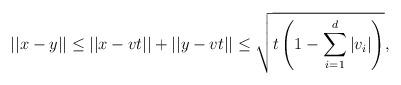
LaTeX: \begin{align*}||x-y|| \leq ||x-vt||+||y-vt|| \leq \sqrt{t\left(1-\sum_{i=1}^{d}|v_{i}|\right)},\end{align*}